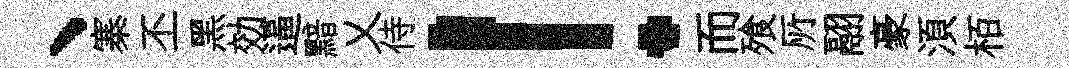
、寨丕黑効逼黯乂侍！而飱𠩄翮豪湏栢